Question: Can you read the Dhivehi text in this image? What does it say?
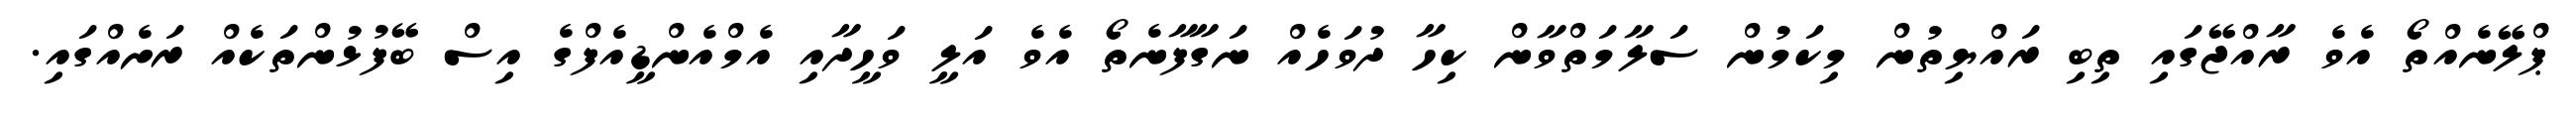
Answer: ޕްލޭނެއްތޯ އެވެ ރާއްޖޭގައި ތިބި ރައްޔިތުން މިކަމުން ސަލާމަތްވާން ކިހާ ދުވަހެއް ނަގާފާނެތޯ އެވެ އަލީ ވަހީދާއި އެމްއެންޑީއެފްގެ އިސް ބޭފުޅުންތަކެއް ރަށެއްގައި.